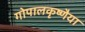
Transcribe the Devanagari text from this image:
गोपालकृष्णैया